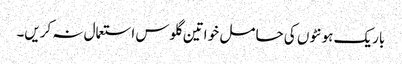
باریک ہونٹوں کی حا مل خو اتین گلوس استعمال نہ کریں۔